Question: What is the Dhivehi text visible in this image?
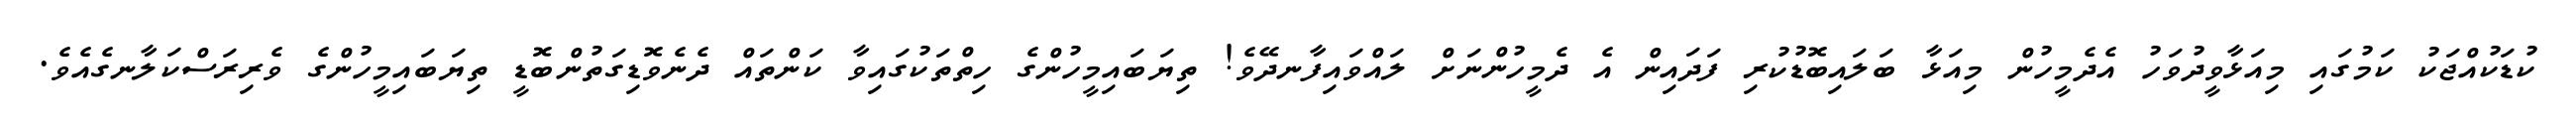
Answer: ކުޑަކުއްޖަކު ކަމުގައި މިއަޅާވީދުވަހު އެދެމީހުން މިއަޅާ ބަލައިބޮޑުކުރި ފަދައިން އެ ދެމީހުންނަށް ލައްވައިފާނދޭވެ! ތިޔަބައިމީހުންގެ ހިތްތަކުގައިވާ ކަންތައް ދެނެވޮޑިގަތުންބޮޑީ ތިޔަބައިމީހުންގެ ވެރިރަސްކަލާނގެއެވެ.